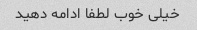
خیلی خوب لطفا ادامه دهید